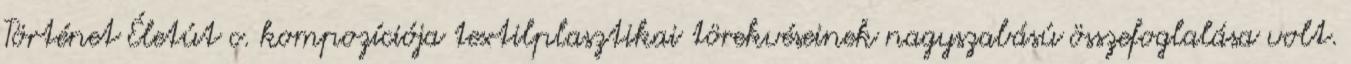
Történet Életút c. kompozíciója textilplasztikai törekvéseinek nagyszabású összefoglalása volt.